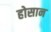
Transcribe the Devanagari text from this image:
होसान